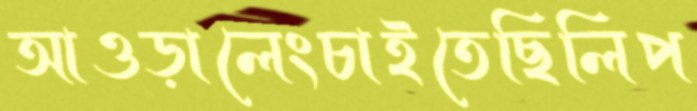
আওড়ালেংচাইতেছিলিপ